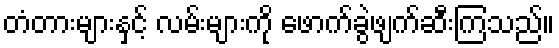
တံတားများနှင့် လမ်းများကို ဖောက်ခွဲဖျက်ဆီးကြသည်။